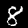
Label: 8